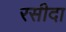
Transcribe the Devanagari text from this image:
रसीदा